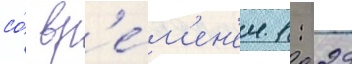
со́ вр'е́м'ен'ем 1: 29